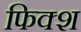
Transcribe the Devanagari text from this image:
फिक्श